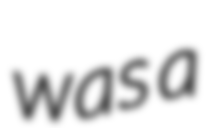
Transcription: was a